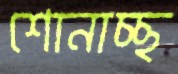
শোনাচ্ছ